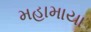
મહામાયા